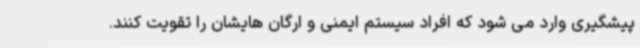
پیشگیری وارد می شود که افراد سیستم ایمنی و ارگان هایشان را تقویت کنند.